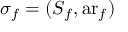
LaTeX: \sigma _ { f } = ( S _ { f } , \operatorname { a r } _ { f } )